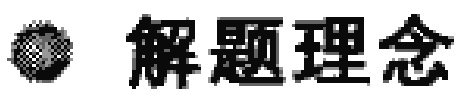
解题理念